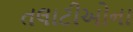
તલાટીઓના